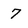
Character: 7